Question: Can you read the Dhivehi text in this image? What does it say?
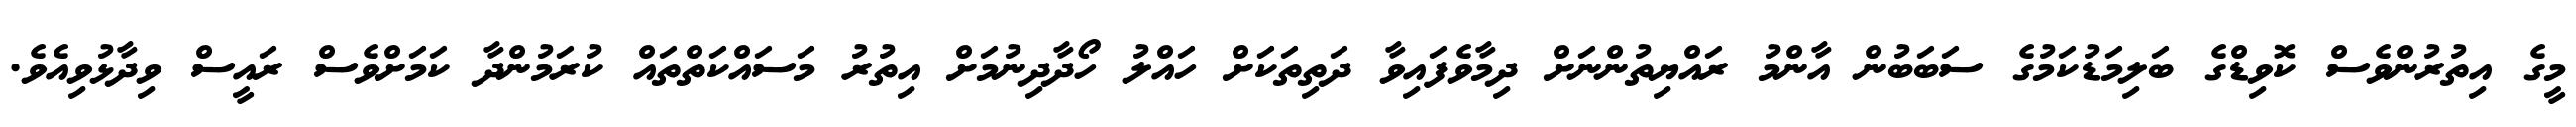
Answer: މީގެ އިތުރުންވެސް ކޮވިޑްގެ ބަލިމަޑުކަމުގެ ސަބަބުން އާންމު ރައްޔިތުންނަށް ދިމާވެފައިވާ ދަތިތަކަށް ހައްލު ހޯދާދިނުމަށް އިތުރު މަސައްކަތްތައް ކުރަމުންދާ ކަމަށްވެސް ރައީސް ވިދާޅުވިއެވެ.